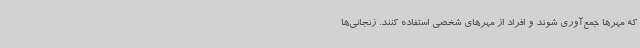
که مهرها جمع‌آوری شوند و افراد از مهرهای شخصی استفاده کنند. زنجانی‌ها